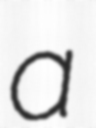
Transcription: a